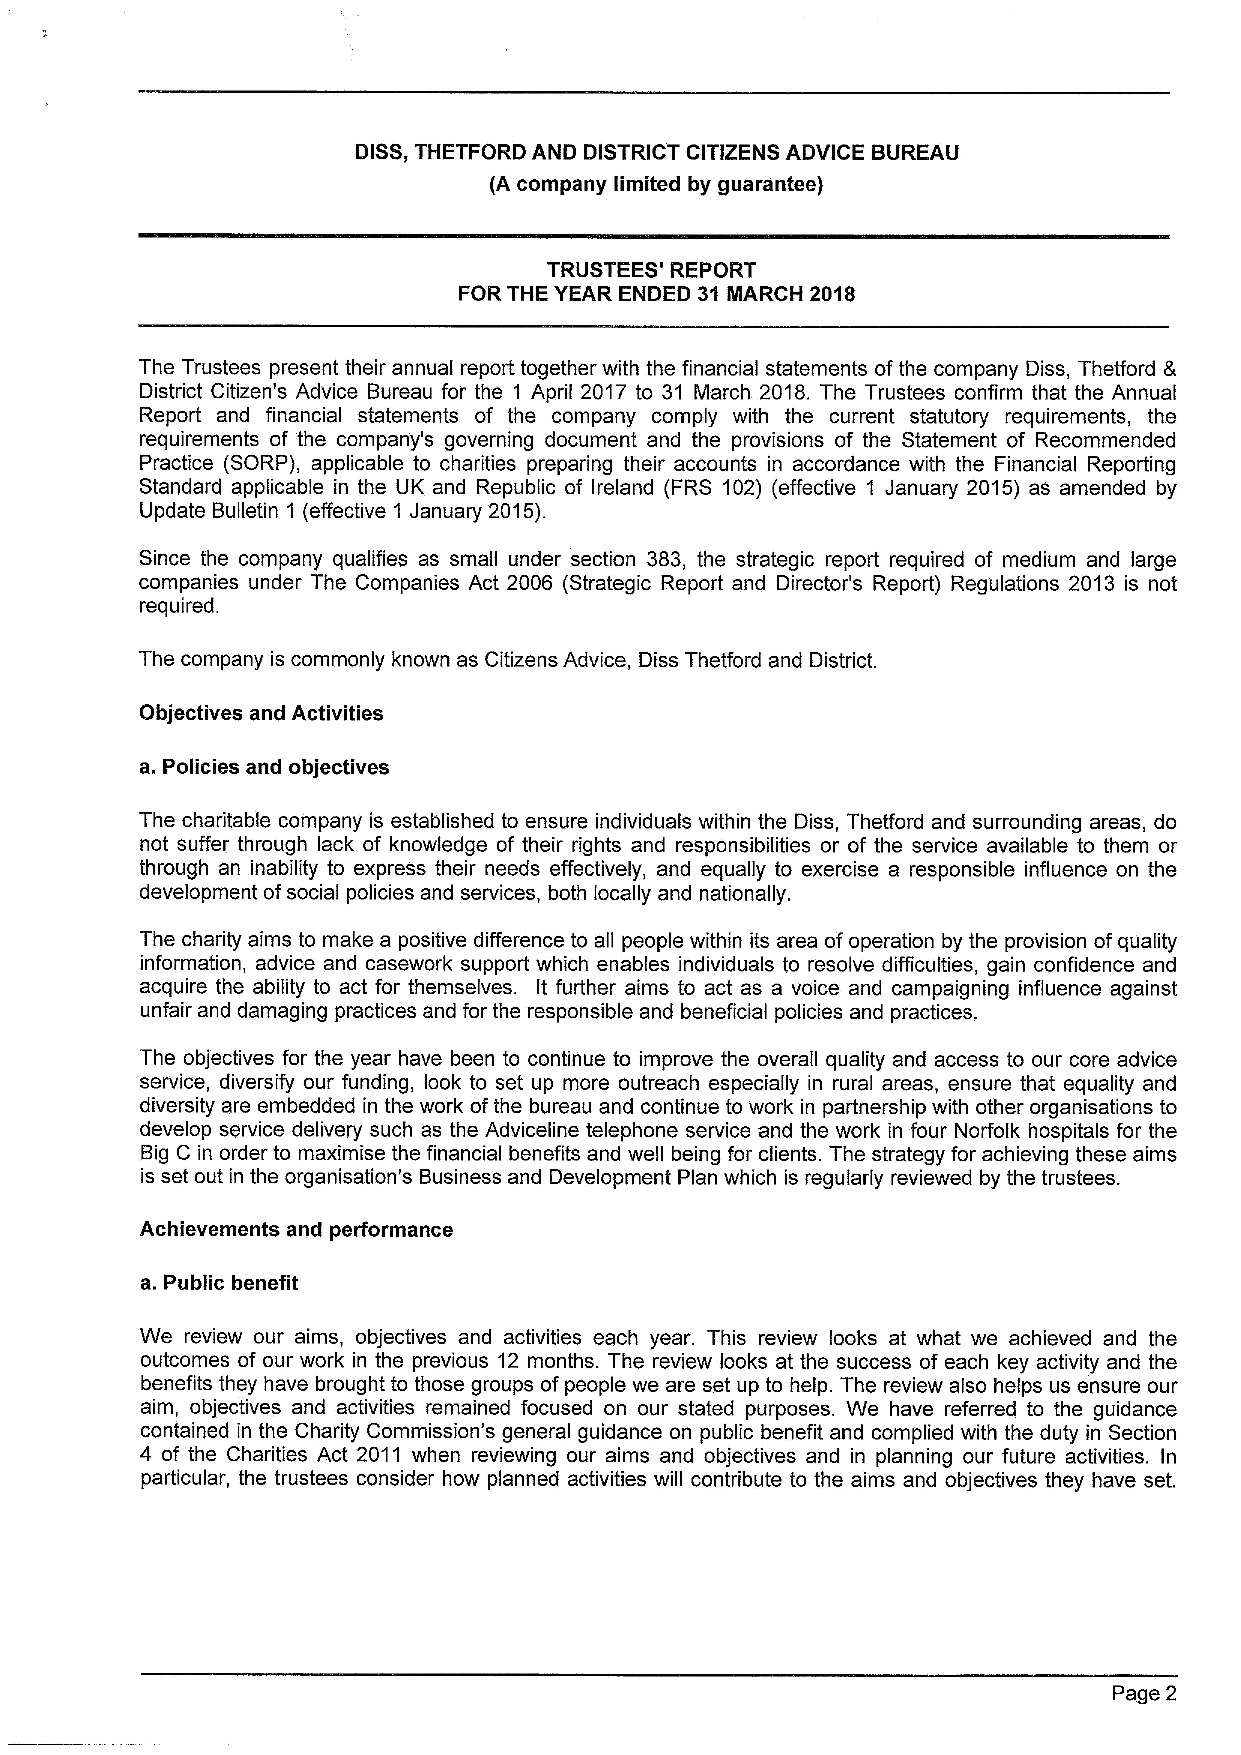
DISS,THETFORD AND DISTRICT CITIZENS ADVICE BUREAU
 (A company limited by guarantee)
 TRUSTEES' REPORT
 FOR THE YEAR ENDED 31 INARCH 2018
 The Trustees present their annual report together with the financial statements ofthe company Diss, Thetford 8,
 District Citizen's Advice Bureau for the I April 2017 to 31 March 2018. The Trustees confirm that the Annual
 Report and financial statements of the company comply with the current statutory requirements, the
 requirements of the company's governing document and the provisions of the Statement of Recommended
 Practice (SORP), applicable to charities preparing their accounts in accordance with the Financial Reporting
 Standard applicable in ihe UK and Republic of Ireland (FRS 102) (effective 1 January 2015) as amended by
 Update Bulletin 1 (effective 1 January 2015).
 Since the company qualifies as small under section 383, the strategic report required of medium and large
 companies under The Companies Act 2006 (Strategic Report and Director's Report) Regulations 2013 is not
 required.
 The company is commonly known as Citizens Advice, Diss Thetford and District.
 Objectives and Activities
 a. Policies and objectives
 The charitable company is established to ensure individuals within the Diss, Thetford and surrounding areas, do
 not suffer through lack of knowledge of their rights and responsibilities or of the service available to them or
 through an inability to express their needs effectively, and equally to exercise a responsible influence on the
 development ofsocial policies and services, both locally and nationally.
 The charity aims to make a positive difference to all people within its area ofoperation by the provision ofquality
 information, advice and casework support which enables individuals to resolve difficulties, gain confidence and
 acquire the ability to act for themselves. It further aims to act as a voice and campaigning influence against
 unfair and damaging practices and for the responsible and beneficial policies and practices.
 The objectives for the year have been to continue to improve the overall quality and access io our core advice
 service, diversify our funding, look to set up more outreach especially in rural areas, ensure that equality and
 diversity are embedded in the work ofthe bureau and continue to work in partnership with other organisations to
 develop service delivery such as the Adviceline telephone service and the work in four Norfolk hospitals for the
 Big C in order to maximise the financial benefits and well being for clients. The strategy for achieving these aims
 is set out in the organisation's Business and Development Plan which is regularly reviewed by the trustees.
 Achievements and performance
 a. Public benefit
 We review our aims, objectives and activities each year. This review looks at what we achieved and the
 outcomes of our work in the previous 12 months. The review looks at the success of each key activity and the
 benefits they have brought to those groups of people we are set up to help. The review also helps us ensure our
 aim, objectives and activities remained focused on our stated purposes. We have referred to the guidance
 contained in the Charity Commission's general guidance on public benefit and complied with the duty in Section
 4 of the Charities Act 2011 when reviewing our aims and objectives and in planning our future activities. In
 particular, the trustees consider how planned activities will contribute to ihe aims and objectives they have set.
 Page 2